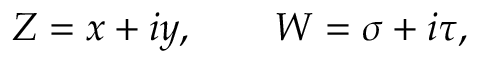
Z = x + i y , \qquad W = \sigma + i \tau ,